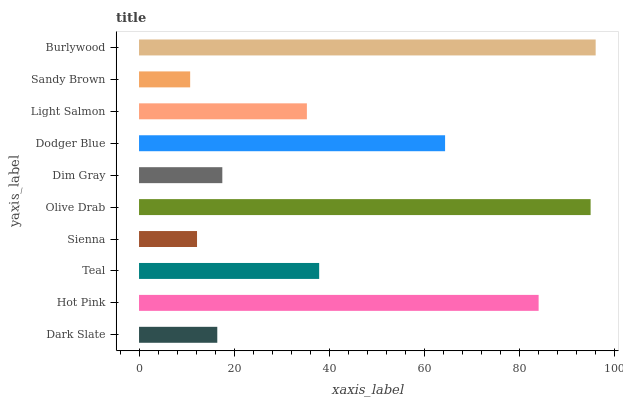
| yaxis_label | bars |
 | --- | --- |
 | Dark Slate | 16.5 |
 | Hot Pink | 84.1 |
 | Teal | 37.9 |
 | Sienna | 12.2 |
 | Olive Drab | 95 |
 | Dim Gray | 17.5 |
 | Dodger Blue | 64.4 |
 | Light Salmon | 35.3 |
 | Sandy Brown | 10.8 |
 | Burlywood | 96.1 |